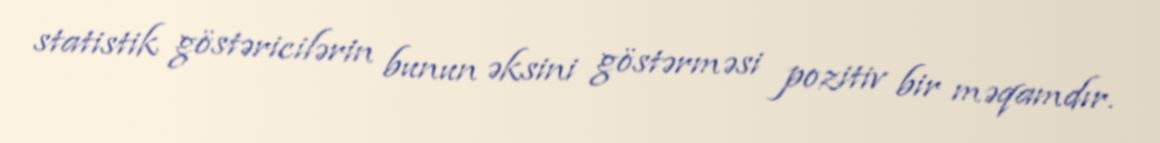
statistik göstəricilərin bunun əksini göstərməsi pozitiv bir məqamdır.